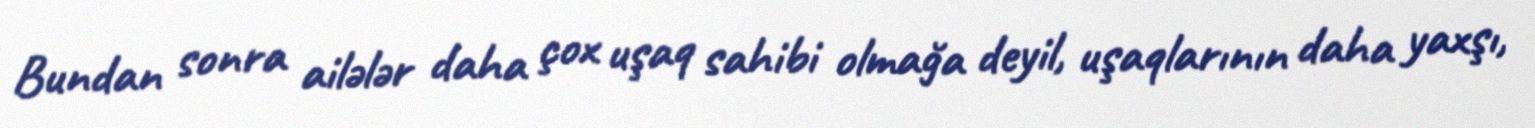
Bundan sonra ailələr daha çox uşaq sahibi olmağa deyil, uşaqlarının daha yaxşı,